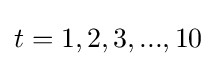
t=1,2,3,...,10